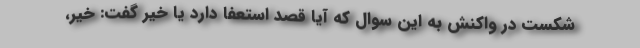
شکست در واکنش به این سوال که آیا قصد استعفا دارد یا خیر گفت: خیر،